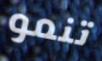
تنمو